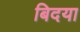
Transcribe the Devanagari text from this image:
बिदया